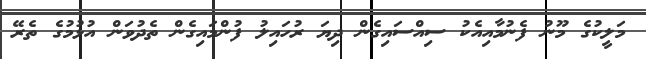
މަލީކުގެ މޫނު ފެނުމާއިއެކު ސިއްސައިގެން ދިޔަ ރުހައިލު ފުންމައިގެން ތެދުވަން އުޅުމުގެ ތެރޭ